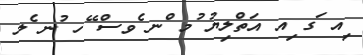
ިއ ަގ ިއ އަތްލިޔު ުމ ްނ ެވސް ޭހ ުނ ެލ